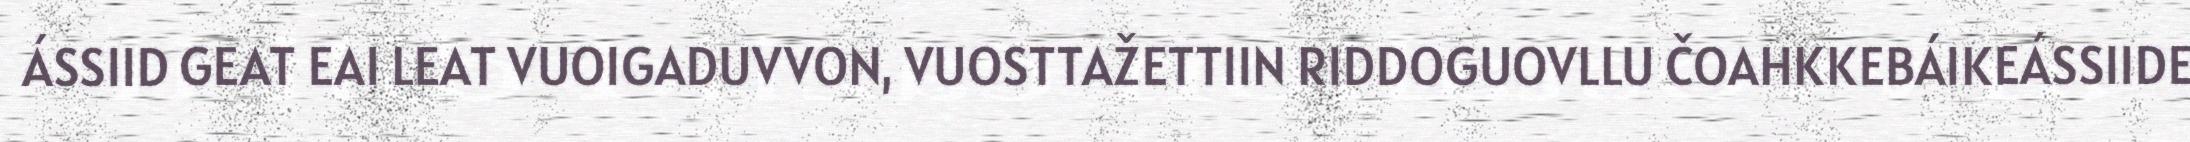
ÁSSIID GEAT EAI LEAT VUOIGADUVVON, VUOSTTAŽETTIIN RIDDOGUOVLLU ČOAHKKEBÁIKEÁSSIIDE